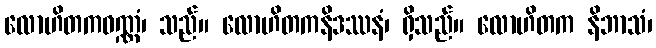
လောဟိတကဝဏ္ဏံ၊ သည်။ လောဟိတကနိဒဿနံ၊ ရှိသည်။ လောဟိတက နိဘာသံ၊